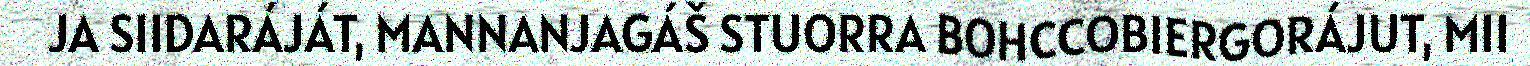
JA SIIDARÁJÁT, MANNANJAGÁŠ STUORRA BOHCCOBIERGORÁJUT, MII